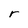
Character: r